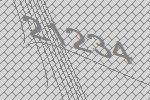
21234